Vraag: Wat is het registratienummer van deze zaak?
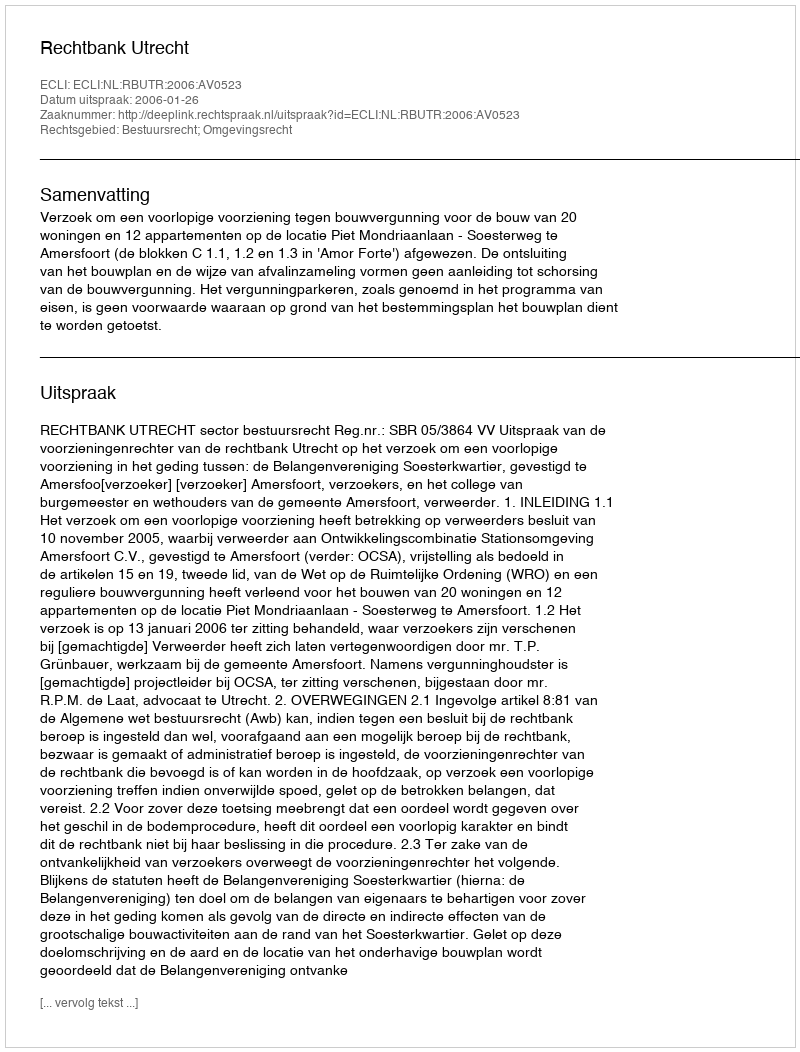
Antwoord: http://deeplink.rechtspraak.nl/uitspraak?id=ECLI:NL:RBUTR:2006:AV0523